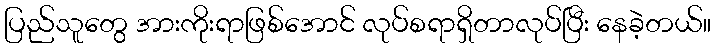
ပြည်သူတွေ အားကိုးရာဖြစ်အောင် လုပ်စရာရှိတာလုပ်ပြီး နေခဲ့တယ်။